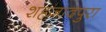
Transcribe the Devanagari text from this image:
शहजादपुरा